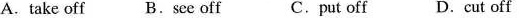
A.take off B.See off C.put off D.Cut off